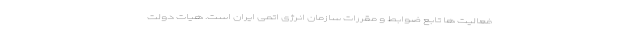
فعالیت ها تابع ضوابط و مقررات سازمان انرژی اتمی ایران است. هیات دولت